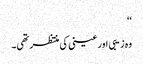
‘‘
وہ زیبی اور عینی کی منتظر تھی۔